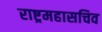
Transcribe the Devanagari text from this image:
राष्ट्रमहासचिव